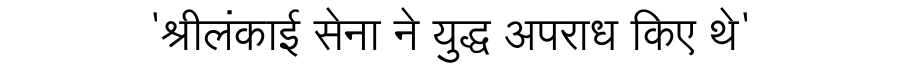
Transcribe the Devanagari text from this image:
'श्रीलंकाई सेना ने युद्ध अपराध किए थे'